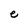
Character: e